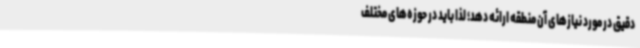
دقیق در مورد نیازهای آن منطقه ارائه دهد؛ لذا باید در حوزه‌های مختلف